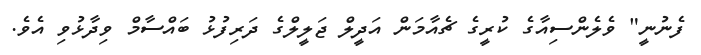
ފެނުނީ" ވެލެންސިއާގެ ކުރީގެ ޗެއާމަން އަދީލް ޖަލީލްގެ ދަރިފުޅު ބައްސާމް ވިދާޅުވި އެވެ.